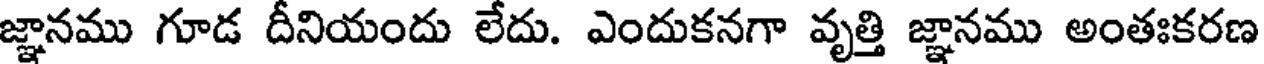
జ్ఞానము గూడ దీనియందు లేదు. ఎందుకనగా వృత్తి జ్ఞానము అంతఃకరణ